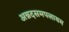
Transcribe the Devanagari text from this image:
अन्नदसमपलायम